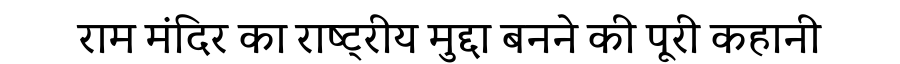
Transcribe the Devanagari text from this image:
राम मंदिर का राष्ट्रीय मुद्दा बनने की पूरी कहानी